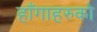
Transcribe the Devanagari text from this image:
हाँगाहरुको